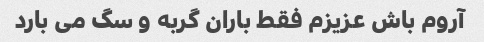
آروم باش عزیزم فقط باران گربه و سگ می بارد